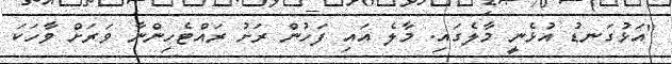
''އަޅުގަނޑު އުޅެނީ މާލެގައި. މާލެ އައި ފަހުން ރަށު ރައްޓެހިންނާ ވަރަށް ވާހަކަ